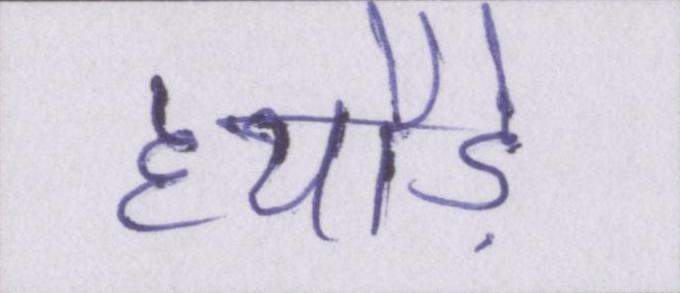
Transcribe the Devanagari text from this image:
हथौड़े